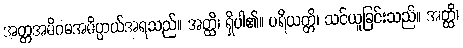
အတ္တအဓိဂမအဓိပ္ပာယ်အရသည်။ အတ္ထိ၊ ရှိပါ၏။ ပရိယတ္တိ၊ သင်ယူခြင်းသည်။ အတ္ထိ၊